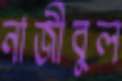
নাজীবুল